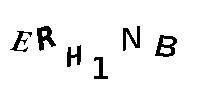
ERH1NB